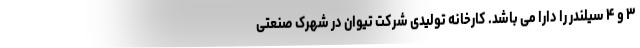
۳ و ۴ سیلندر را دارا می باشد. کارخانه تولیدی شرکت تیوان در شهرک صنعتی